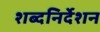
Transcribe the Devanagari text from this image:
शब्दनिर्देशन